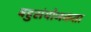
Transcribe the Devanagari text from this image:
बहुसंयोजकता